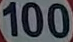
100